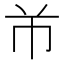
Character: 𱜢